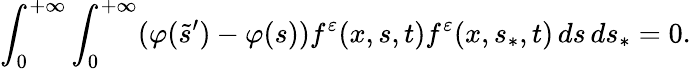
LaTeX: \int_{0}^{+\infty}\int_{0}^{+\infty}(\varphi(\tilde{s}^{\prime})-\varphi(s))f^{\varepsilon}(x,s,t)f^{\varepsilon}(x,s_{\ast},t)\, ds\, ds_{\ast}=0.